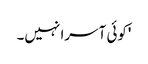
'کوئی آسرا نہیں۔